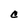
Character: C